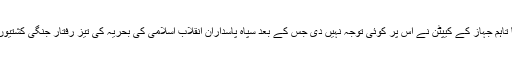
عدالتی حکم کے بعد متعلقہ ایرانی حکام نے مذکور بحری جہاز کو رکنے کا حکم دیا تاہم جہاز کے کیپٹن نے اس پر کوئی توجہ نہیں دی جس کے بعد سپاہ پاسداران انقلاب اسلامی کی بحریہ کی تیز رفتار جنگی کشتیوں نے اس کا تعاقب کیا اور جنوبی خلیج فارس کی بحری حدود میں اسے روک لیا گیا۔